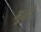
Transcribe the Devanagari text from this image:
मुतीं